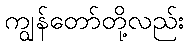
ကျွန်တော်တို့လည်း